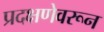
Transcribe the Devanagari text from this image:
प्रदक्षणेवरून